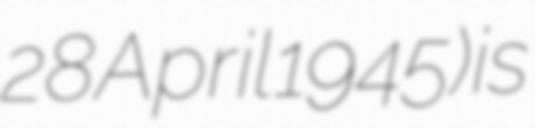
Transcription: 28 April 1945) is